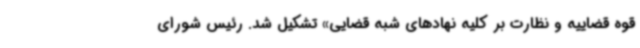
قوه قضاییه و نظارت بر کلیه نهادهای شبه قضایی» تشکیل شد. رئیس شورای